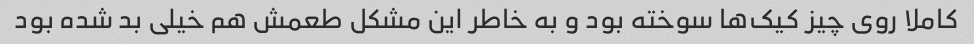
کاملا روی چیز کیک‌ها سوخته بود و به خاطر این مشکل طعمش هم خیلی بد شده بود